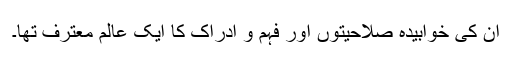
ان کی خوابیدہ صلاحیتوں اور فہم و ادراک کا ایک عالم معترف تھا۔